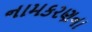
નામકરણના